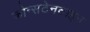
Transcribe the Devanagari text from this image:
कोन्सटेनटाइन